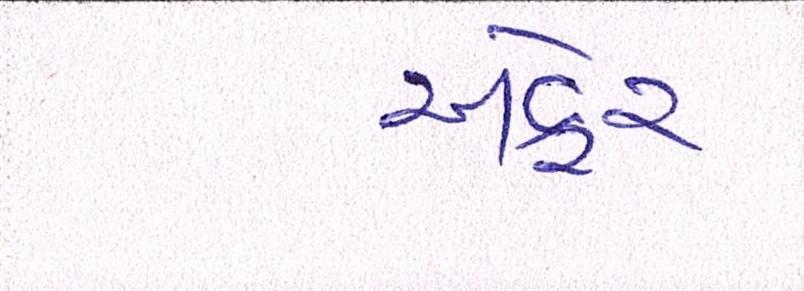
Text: અફેર